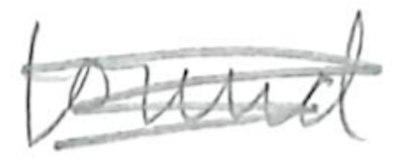
Text: found
Cross-out: scratch
Writing tool: pencil